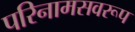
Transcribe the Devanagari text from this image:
परिनामसवरूप